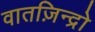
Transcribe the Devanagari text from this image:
वातज़िन्द्रो